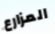
المزارع